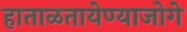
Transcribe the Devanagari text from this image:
हाताळतायेण्याजोगे